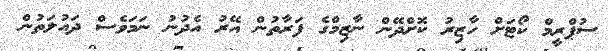
ސުޕްރީމް ކޯޓަށް ހާޒިރު ކޮށްދޭން ނާޒިމްގެ ފަރާތުން އޭރު އެދުނު ނަމަވެސް ދައުލަތުން